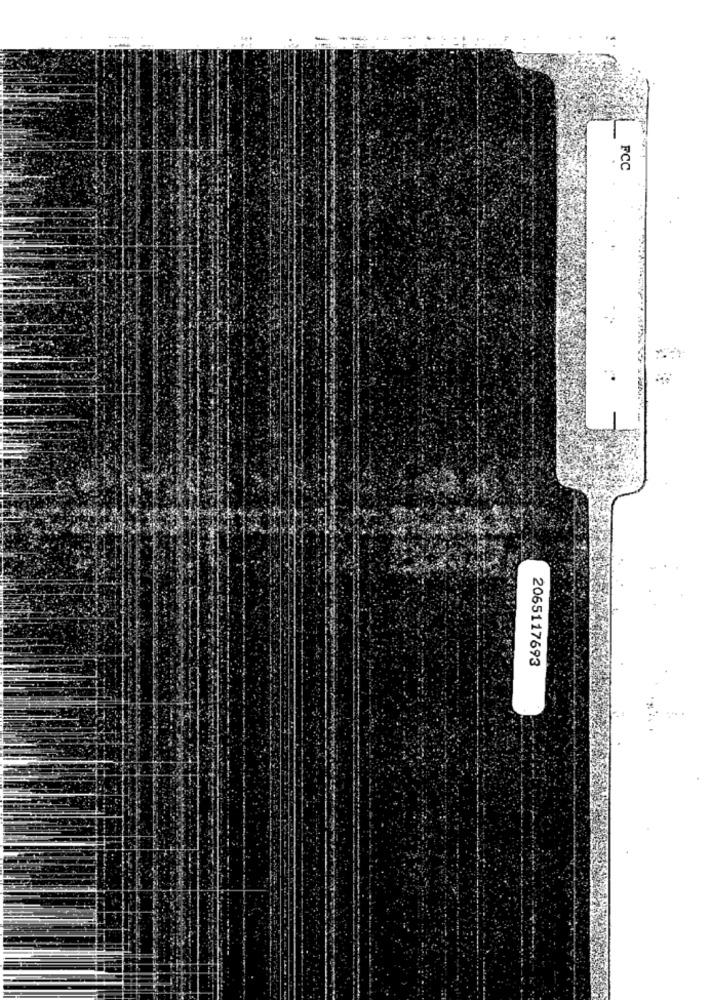
FCC
2065117693